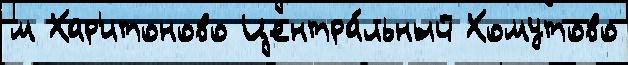
м Хар'итоново Центра́льный Хомутово